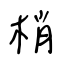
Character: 梢